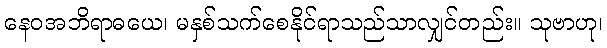
နေဝအဘိရာဓယေ၊ မနှစ်သက်စေနိုင်ရာသည်သာလျှင်တည်း။ သုဗာဟု၊